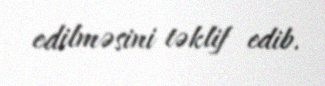
edilməsini təklif edib.